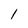
Character: l